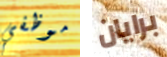
موظفي برايان